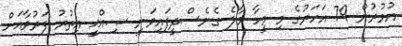
އުމުރުން 79 އަހަރުގެ މި މީހާ މާލެ ގެނެސްދީފައިވަނީ ޞިއްޙީ އިތުރު ފަރުވާއަށް